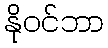
နိုဝင်ဘာ